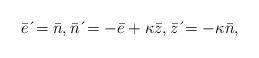
LaTeX: \begin{align*}\bar{e}\,\acute{}=\bar{n},\bar{n}\,\acute{}=-\bar{e}+\kappa \bar{z},\bar{z}\,\acute{}=-\kappa \bar{n}, \end{align*}